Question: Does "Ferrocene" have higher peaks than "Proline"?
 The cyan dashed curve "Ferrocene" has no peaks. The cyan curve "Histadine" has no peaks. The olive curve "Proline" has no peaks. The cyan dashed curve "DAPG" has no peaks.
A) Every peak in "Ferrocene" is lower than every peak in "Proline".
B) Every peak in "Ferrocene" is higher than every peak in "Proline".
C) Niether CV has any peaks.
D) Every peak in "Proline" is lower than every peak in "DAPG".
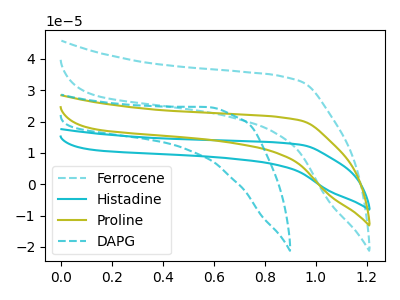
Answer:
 <answer>C) Niether CV has any peaks.</answer>
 <eval>C</eval>